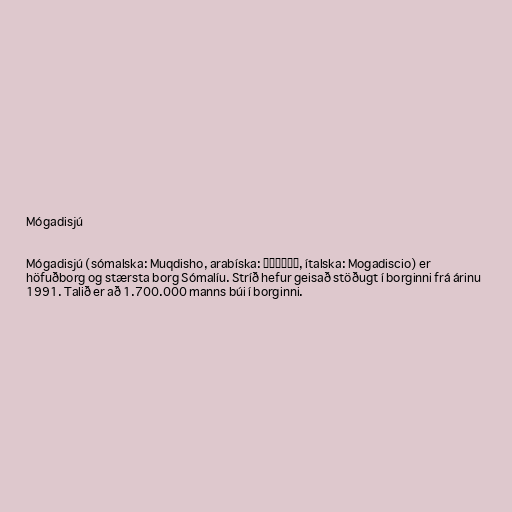
Mógadisjú

Mógadisjú (sómalska: Muqdisho, arabíska: مقديشو, ítalska: Mogadiscio) er
höfuðborg og stærsta borg Sómalíu. Stríð hefur geisað stöðugt í borginni frá árinu
1991. Talið er að 1.700.000 manns búi í borginni.